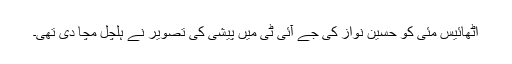
اٹھائیس مئی کو حسین نواز کی جے آئی ٹی میں پیشی کی تصویر نے ہلچل مچا دی تھی۔